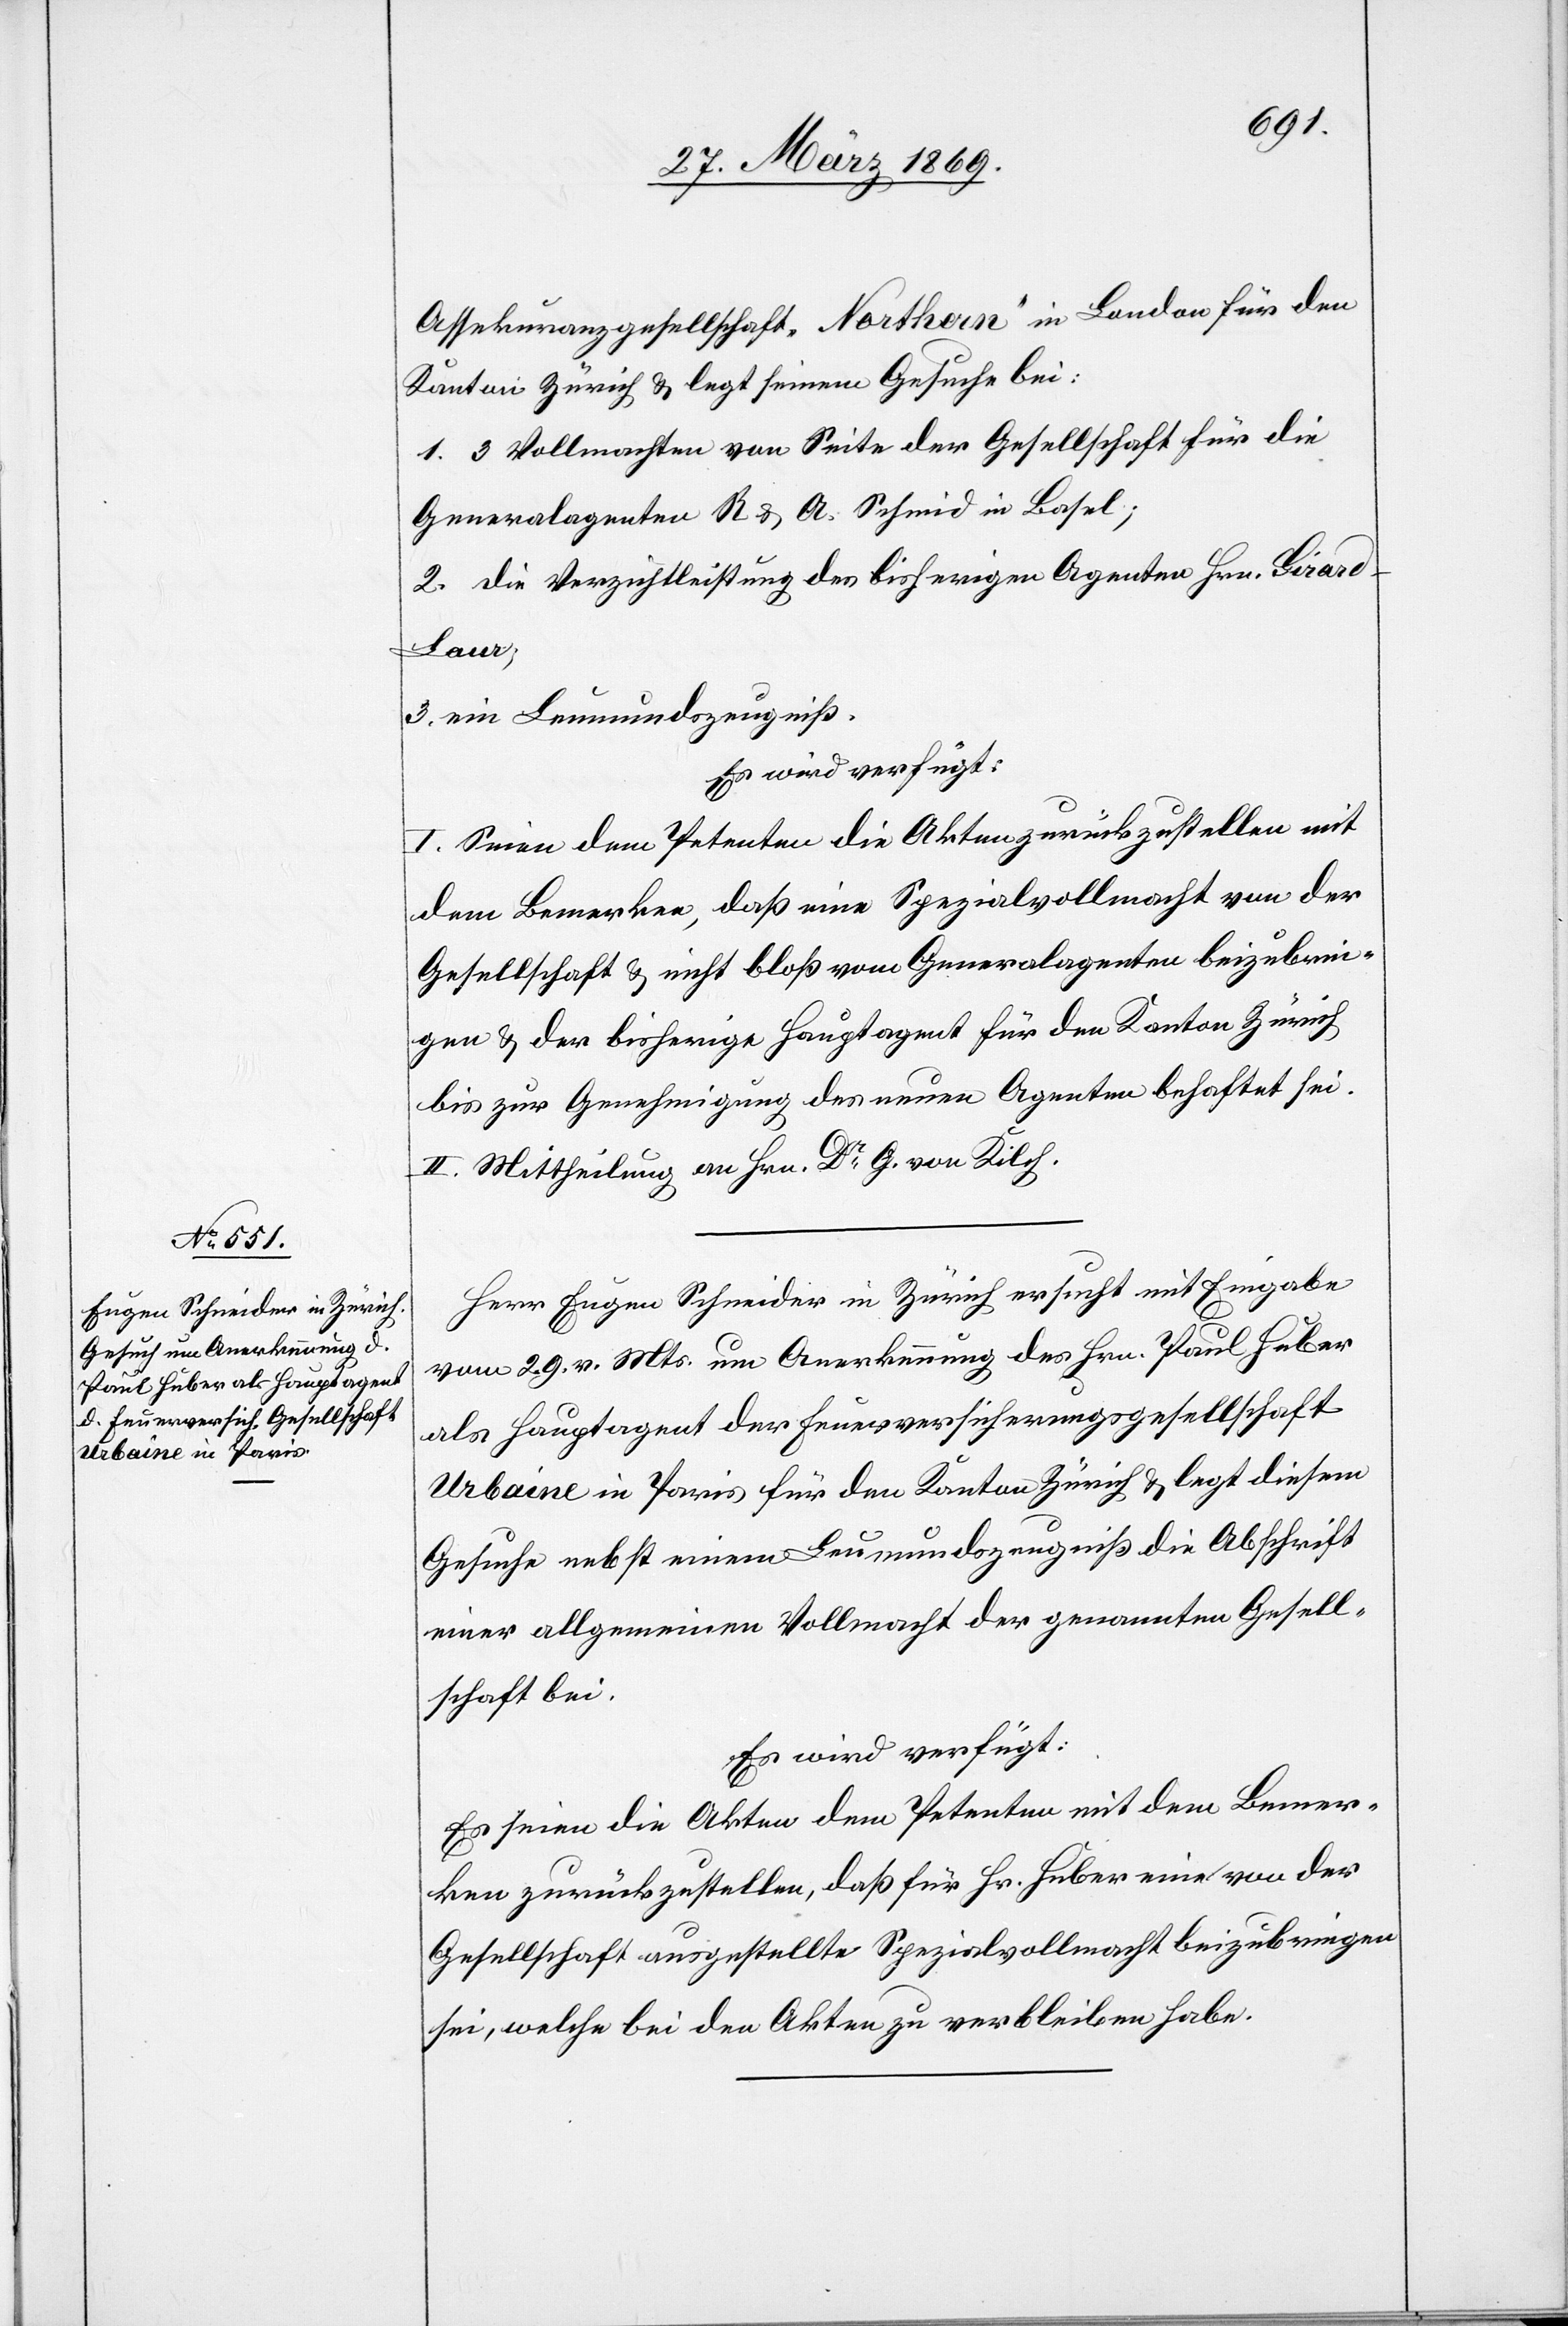
Assekuranzgesellschaft „Northern“ in London für den
Kanton Zürich u. legt seinem Gesuche bei:
1. 3 Vollmachten von Seite der Gesellschaft für die
Generalagenten R. u. A. Schmid in Basel;
2. die Verzichtleistung des bisherigen Agenten Hrn. Girar¬
d-Laur;
3. ein Leumundszeugniß.
Es wird verfügt:
I. Seien dem Petenten die Akten zurückzustellen mit
dem Bemerken, daß eine Spezialvollmacht von der
Gesellschaft u. nicht bloß vom Generalagenten beizubrin¬
gen u. der bisherige Hauptagent für den Kanton Zürich
bis zur Genehmigung des neuen Agenten behaftet sei.
II. Mittheilung an Hrn. Dr G. von Kilch.
Herr Eugen Schneider in Zürich ersucht mit Eingabe
vom 29. v. Mts. um Anerkennung des Hrn. Paul Huber
als Hauptagent der Feuerversicherungsgesellschaft
Urbaine in Paris für den Kanton Zürich u. legt diesem
Gesuche nebst einem Leumundszeugniß die Abschrift
einer allgemeinen Vollmacht der genannten Gesell¬
schaft bei.
Es wird verfügt:
Es seien die Akten dem Petenten mit dem Bemer¬
1.
ken zurückzustellen, daß für Hr. Huber eine von der
Gesellschaft ausgestellte Spezialvollmacht beizubringen
sei, welche bei den Akten zu verbleiben habe.